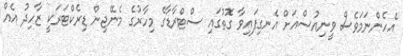
އެހެންނަމަވެސް ވީނިއުސްއަށް އެނގިފައިވާ ގޮތުގައި ސްޓްރާޑާގެ މިހާރުގެ މެނޭޖިން ޑިރެކްޓަރަކީ ޒާހިދު އެއް